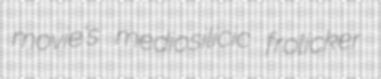
movie's mediosilicic frolicker